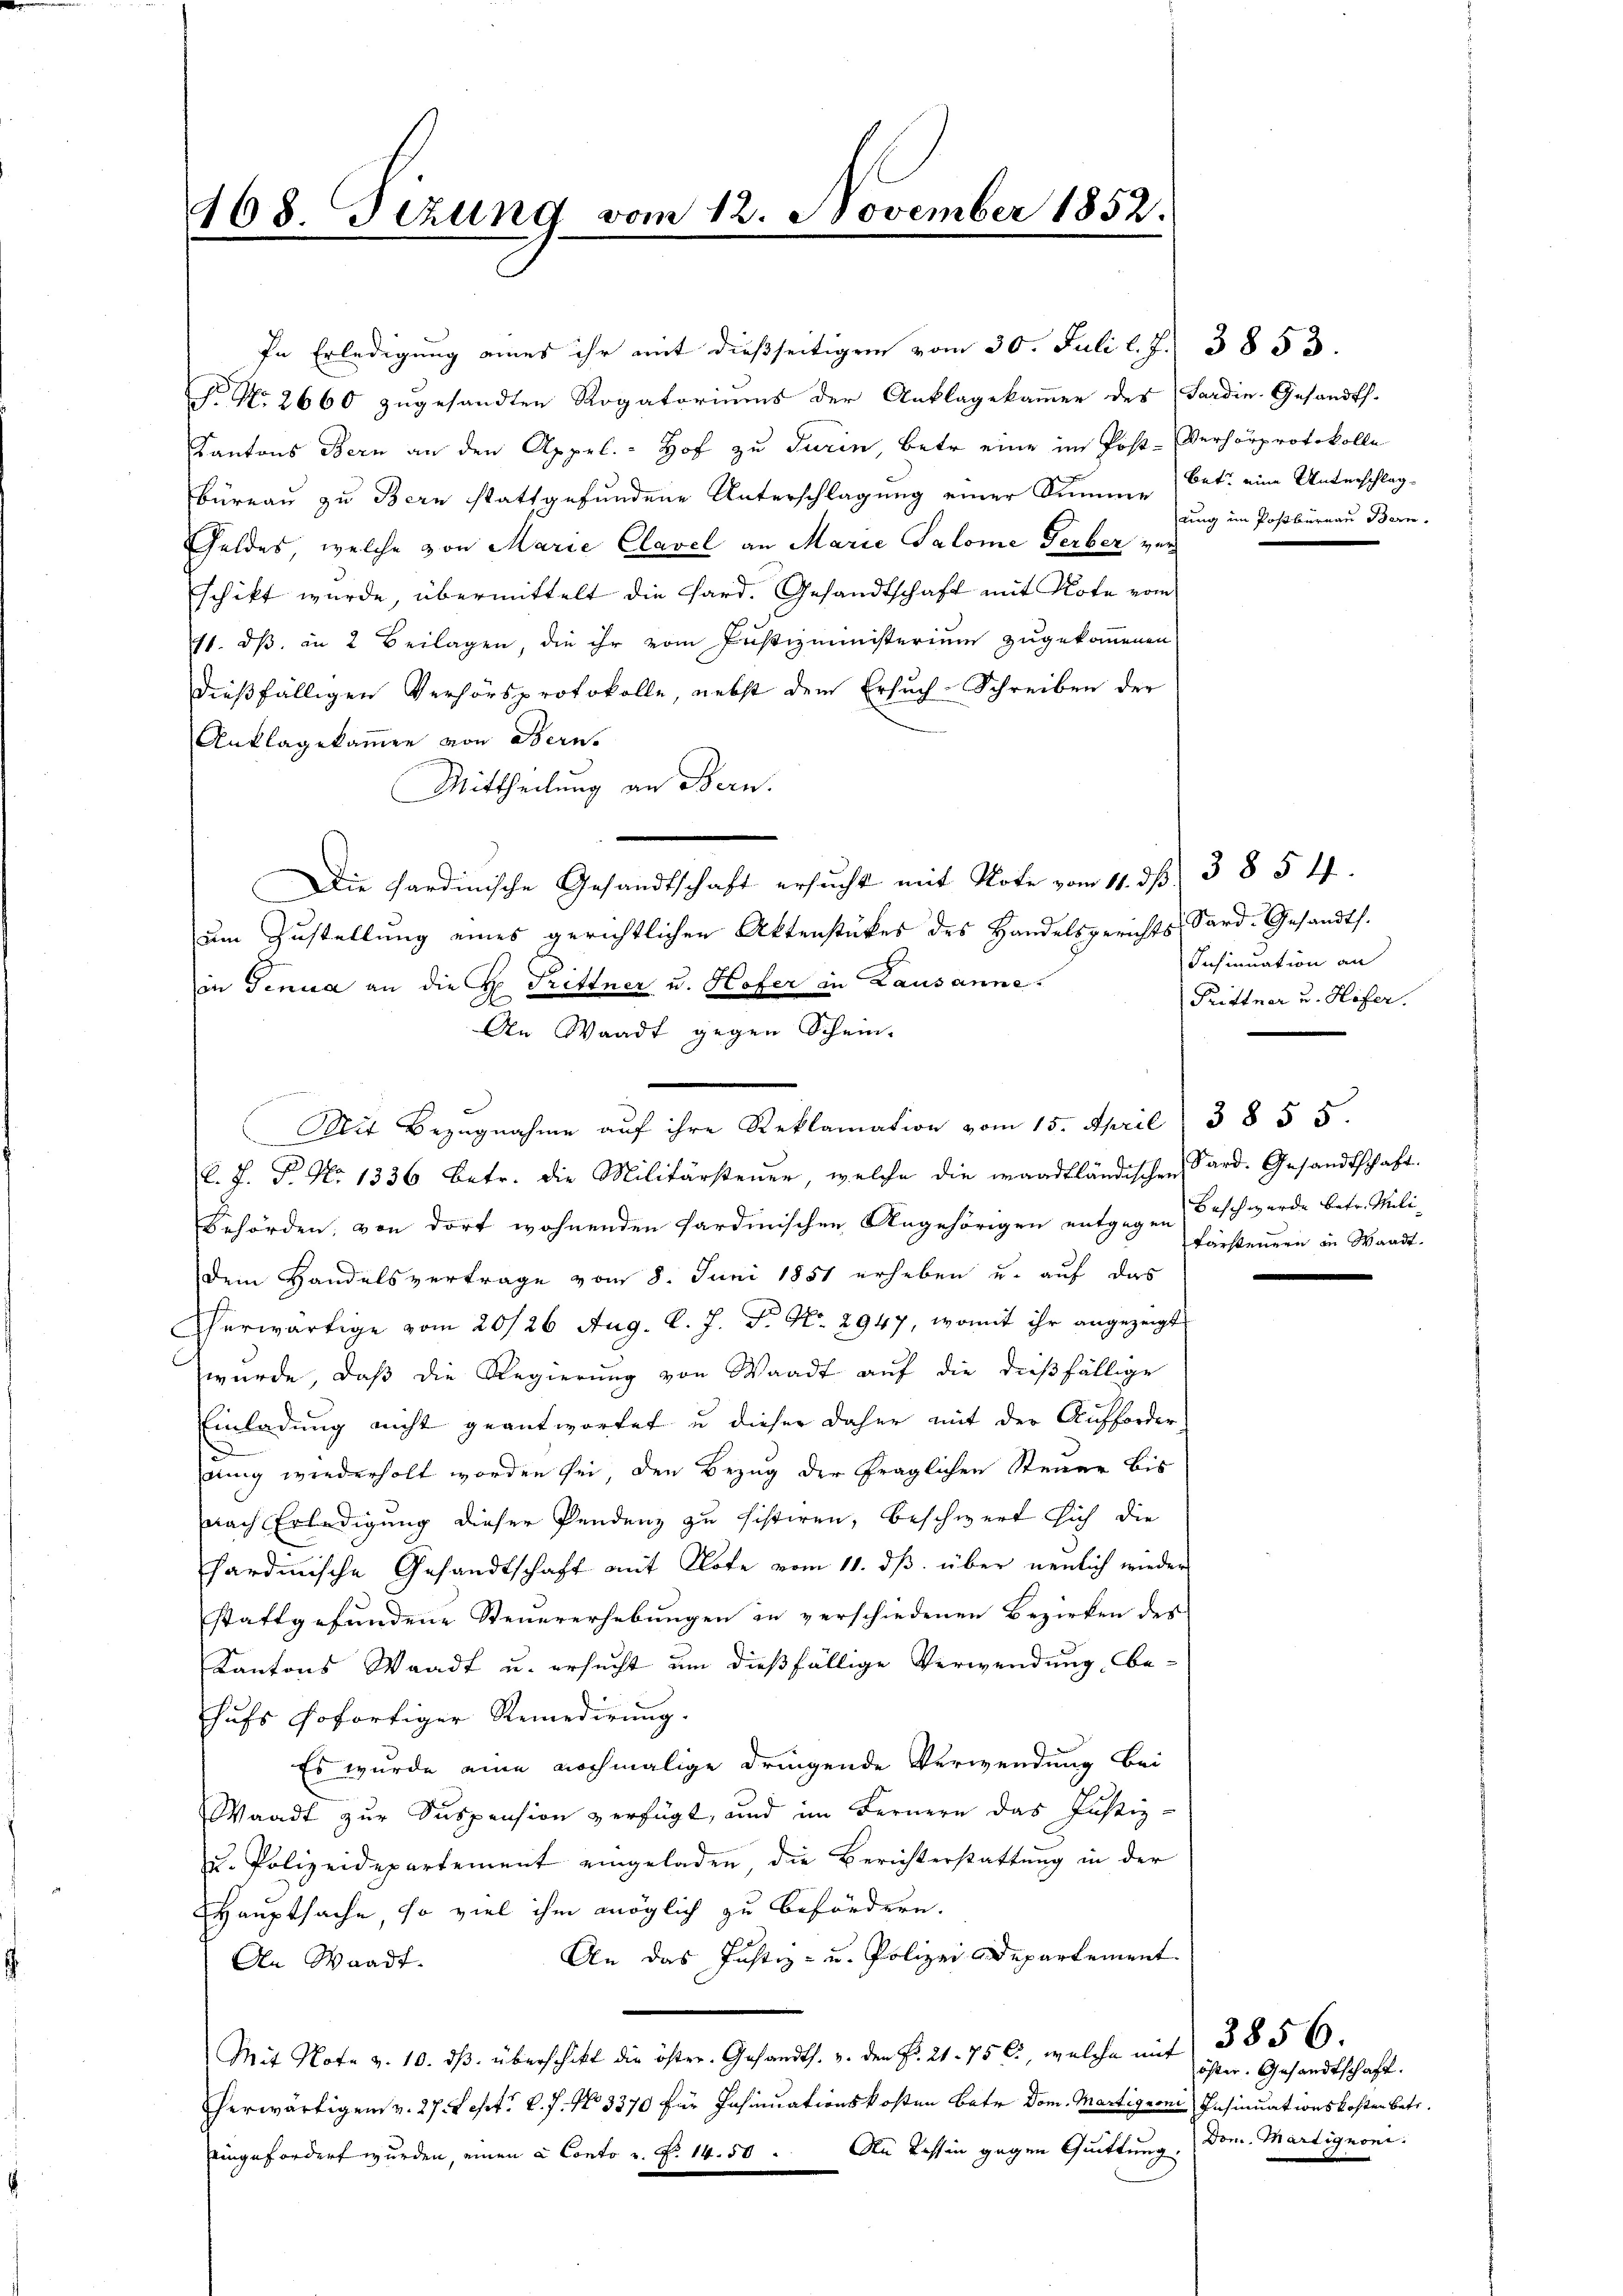
468. Sezung vom 12. November 1852.

N. No. 2660 zugesandten Rogatoriums der Anklagekaṁer des Sardin. Gesandts.
Kantons Bern an den Appel. Hof zu Turin, betr. eine im Post-Verhörprotokolle
Büreau zu Bern stattgefundene Unterschlagung einer Summe betr. eine Unterschlag-
Geldes, welche von Marie Clavel an Marie Salome Gerber verschikt wurde, übermittelt die Hard. Gesandtschaft mit Note vom
11. ds. in 2 Beilagen, die ihr vom Justizministerium zugekommenen
dießfälligen Verhörsprotokolle, nebst dem Ersuch-Schreiben der
Anklagekammen von Berns
Mittheilung an Bern.
Die Sardinische Gesandtschaft ersucht mit Note vom 11. dß. 385 ff
um Zustellung eines gerichtlichen Aktenstückes des Handelsgerichts Sard-Gesandts.
in Genua an die H. Trittner u. Hofer in Lausanne.
An Waadt gegen Schein-
Mit Bezugnahme aŭf ihre Reklamation vom 15. April 3855.
C. J. P. No 1336. Betr. die Militärsteuer, welche die waadtländischen Sard. Gesandtschaft.
Behörden, von dort wohnenden Sardinischen Angehörigen entgegen Beschwerde betr. Mili-
Dem Handelsvertrage vom 8. Juni 1851 erheben u. auf das
hherwärtige vom 20/26. Aug. l. J. P. Nr. 2947, womit ihr angezeigt
wurde, daß die Regierung von Waadt auf die dießfällige
Einladung nicht geantwortet u dieser daher mit der Aufforder
eiung wiederholt worden sei, den Bezug der fraglichen Steuer bis
nach Erledigung dieser Pendenz zu sistiren, beschwert sich die
hardische Gesandtschaft mit Note vom 11. dβ über neulich wieder
stattgefundene Steuererhebungen in verschiedenen Bezirken des
Kantons Waadt u. ersucht um dießfällige Verwendung be-
hufs sofortiger Remedirung.
Es wurde eine nochmalige dringende Verwendung bei
Waadt zur Suspension verfügt, und im Fernern das Justiz-
u. Polizeidepartement eingeladen, die Berichterstattŭng in der
HHauptsache, so viel ihm möglich zu befördern.
An das Justiz- u. Polizei Departement
An Waadt.
Mit Note v. 10. dβ überschikt die öster. Gesandts. v. den Fr. 21. 75 C., welche mit 385 6.
herwärtigen v. 27. Sept. l. J. No 3370 für Insinuationskosten Bete Dom. Martignone Insinuationskosten betr.
An Tessin gegen Quittung.
eingefordert wurden, einen à Conto z. Z. 14. 50

In Erledigung eines ihr mit dießseitigen vom 30. Juli l. J. 3853.

dung im Postbürnau Bern.

Insinuation an
Prittner u. Höfer.

Färsteuern in Waadt.

öster. Gesandtschaft.
Dom. Martignoni